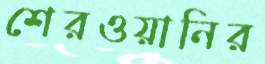
শেরওয়ানির